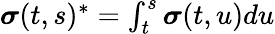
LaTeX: \textstyle{\boldsymbol{\sigma}}(t,s)^{*}=\int_{t}^{s}{\boldsymbol{\sigma}}(t,u)du